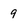
Character: 9